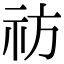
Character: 祊